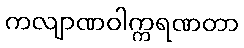
ကလျာဏဝါက္ကရဏတာ